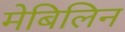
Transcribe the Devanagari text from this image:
मेबिलिन